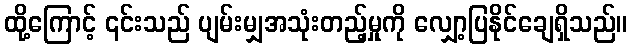
ထို့ကြောင့် ၎င်းသည် ပျမ်းမျှအသုံးတည့်မှုကို လျှော့ပြနိုင်ချေရှိသည်။